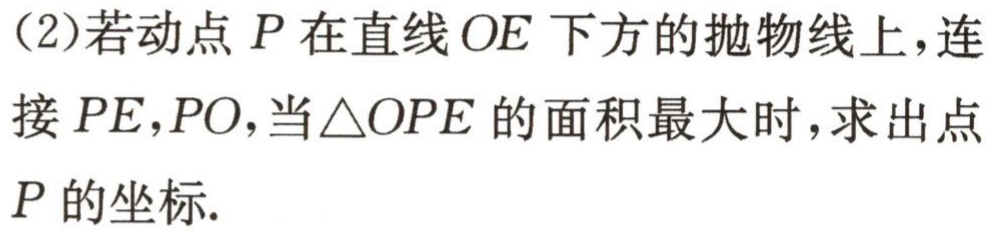
(2)若动点\(P\)在直线\(OE\)下方的抛物线上，连接\(PE,PO\)，当\(\triangle OPE\)的面积最大时，求出点\(P\)的坐标.